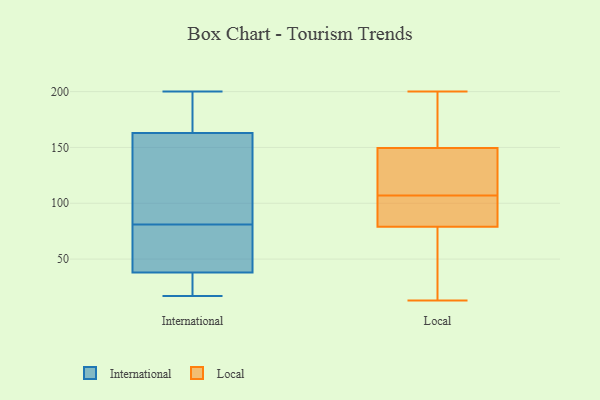
{"axis": {"x": "Population (Million)", "y": "Value"}, "legend": ["International", "Local"], "data": [{"x": "", "y": 38, "type": "International"}, {"x": "", "y": 163, "type": "International"}, {"x": "", "y": 184, "type": "International"}, {"x": "", "y": 182, "type": "International"}, {"x": "", "y": 20, "type": "International"}, {"x": "", "y": 63, "type": "International"}, {"x": "", "y": 17, "type": "International"}, {"x": "", "y": 78, "type": "International"}, {"x": "", "y": 84, "type": "International"}, {"x": "", "y": 146, "type": "International"}, {"x": "", "y": 22, "type": "International"}, {"x": "", "y": 60, "type": "International"}, {"x": "", "y": 200, "type": "International"}, {"x": "", "y": 165, "type": "International"}, {"x": "", "y": 45, "type": "International"}, {"x": "", "y": 144, "type": "International"}, {"x": "", "y": 31, "type": "International"}, {"x": "", "y": 107, "type": "International"}, {"x": "", "y": 200, "type": "Local"}, {"x": "", "y": 13, "type": "Local"}, {"x": "", "y": 97, "type": "Local"}, {"x": "", "y": 130, "type": "Local"}, {"x": "", "y": 71, "type": "Local"}, {"x": "", "y": 156, "type": "Local"}, {"x": "", "y": 124, "type": "Local"}, {"x": "", "y": 73, "type": "Local"}, {"x": "", "y": 179, "type": "Local"}, {"x": "", "y": 107, "type": "Local"}, {"x": "", "y": 105, "type": "Local"}]}